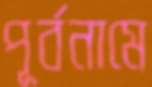
পূর্বনামে